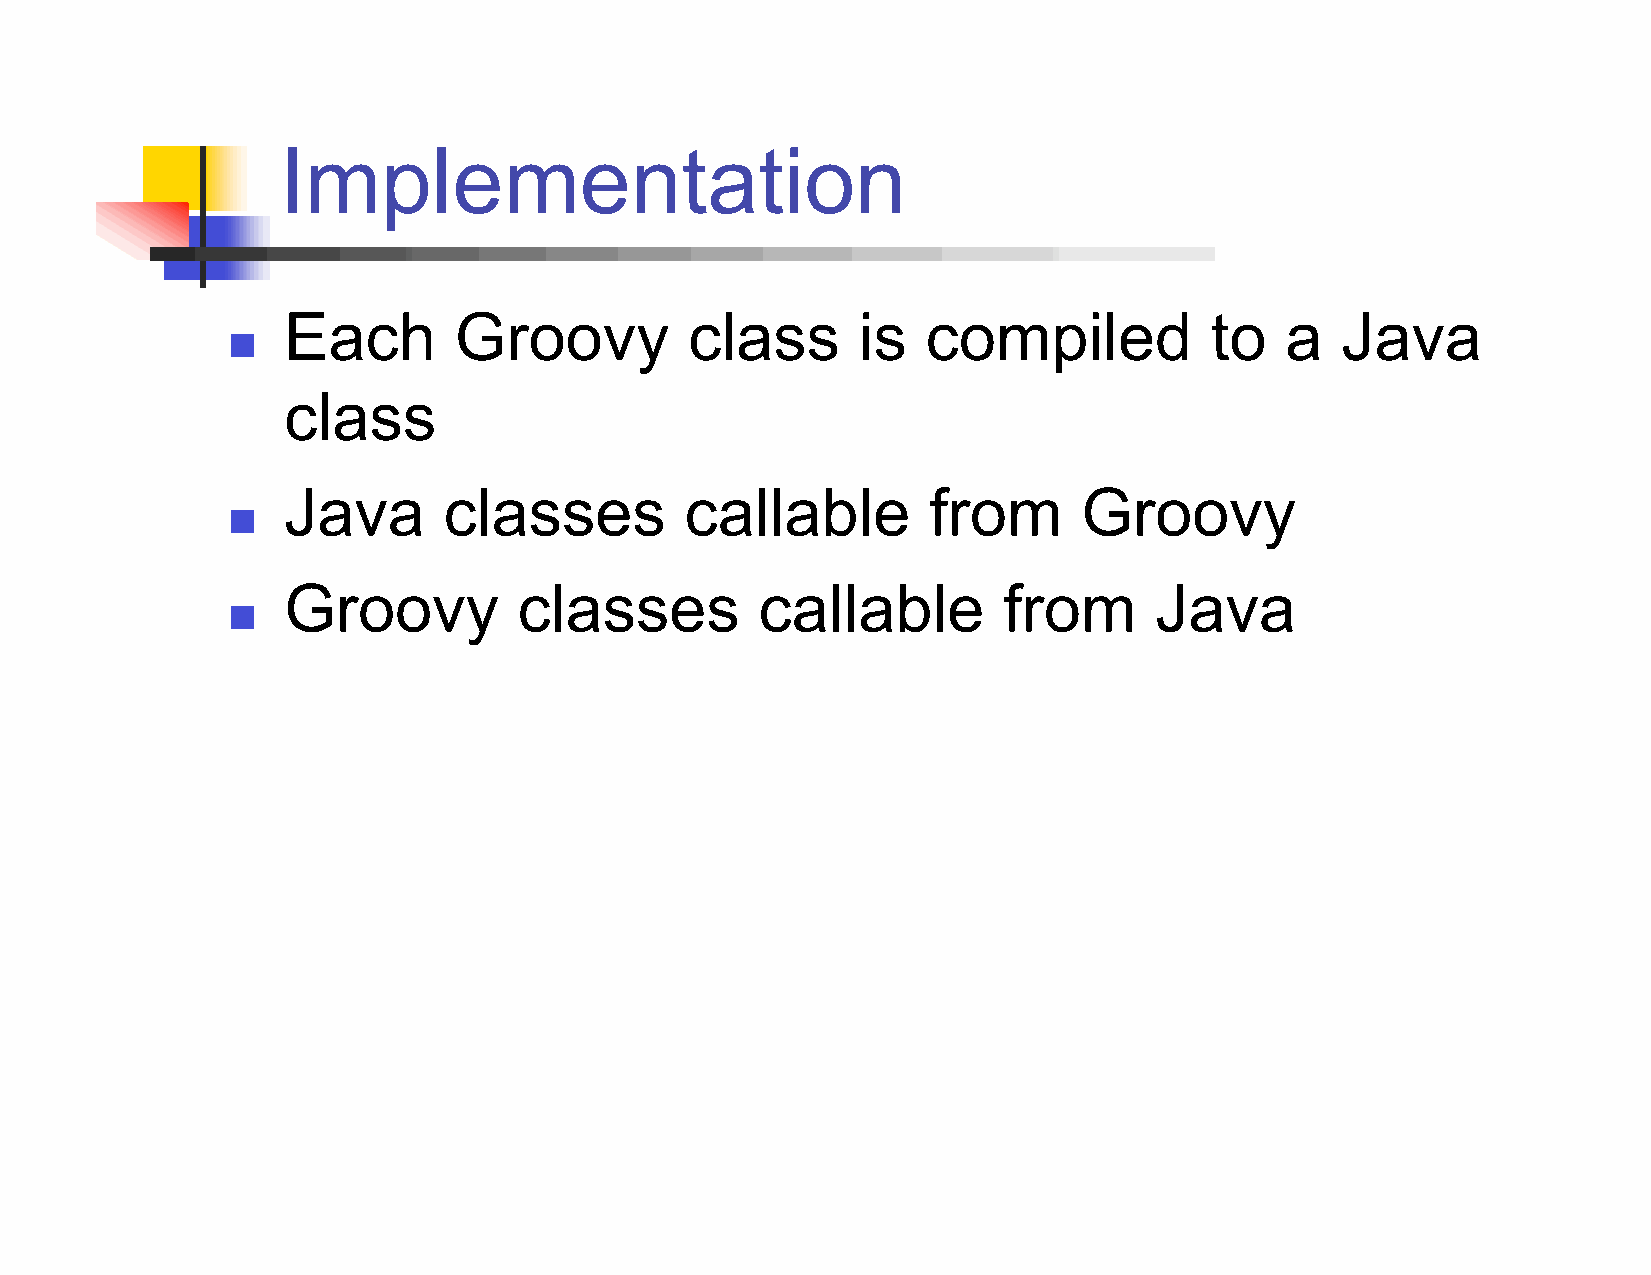
Implementation
 Each       Groovy          class      is  compiled           to   a   Java
 
 class
 Java      classes         callable        from       Groovy
 
 Groovy         classes         callable        from      Java
 